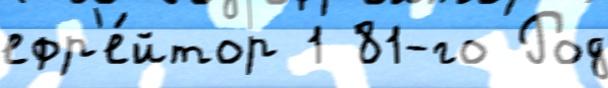
ефр'е́йтор 1 81-го Род